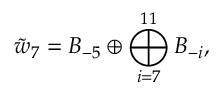
\tilde { w } _ { 7 } = B _ { - 5 } \oplus \bigoplus _ { i = 7 } ^ { 1 1 } B _ { - i } ,